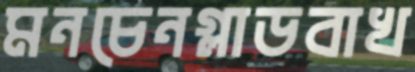
মনচেনগ্লাডবাখ